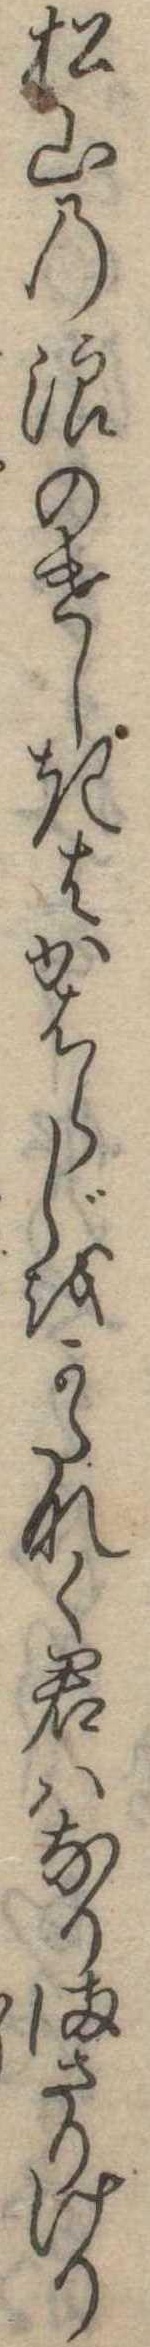
松山の浪のけしきはかはらじをかたなく君はなりまさりけり